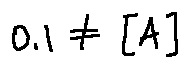
0 . 1 \neq [ A ]